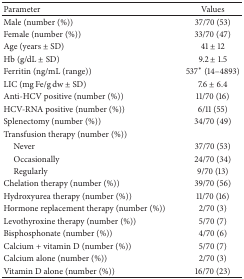
| Parameter | Values |
 | --- | --- |
 | Male (number (%)) | 37/70 (53) |
 | Female (number (%)) | 33/70 (47) |
 | Age (years ± SD) | 41 ± 12 |
 | Hb (g/dL ± SD) | 9.2 ± 1.5 |
 | Ferritin (ng/mL (range)) | 537∗ (14–4893) |
 | LIC (mg Fe/g dw ± SD) | 7.6 ± 6.4 |
 | Anti-HCV positive (number (%)) | 11/70 (16) |
 | HCV-RNA positive (number (%)) | 6/11 (55) |
 | Splenectomy (number (%)) | 34/70 (49) |
 | Transfusion therapy (number (%)) |  |
 | Never | 37/70 (53) |
 | Occasionally | 24/70 (34) |
 | Regularly | 9/70 (13) |
 | Chelation therapy (number (%)) | 39/70 (56) |
 | Hydroxyurea therapy (number (%)) | 11/70 (16) |
 | Hormone replacement therapy (number (%)) | 2/70 (3) |
 | Levothyroxine therapy (number (%)) | 5/70 (7) |
 | Bisphosphonate (number (%)) | 4/70 (6) |
 | Calcium + vitamin D (number (%)) | 5/70 (7) |
 | Calcium alone (number (%)) | 2/70 (3) |
 | Vitamin D alone (number (%)) | 16/70 (23) |